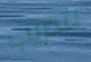
لتدريب